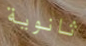
ثانوية